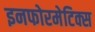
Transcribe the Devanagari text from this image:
इनफोरमेटिक्स